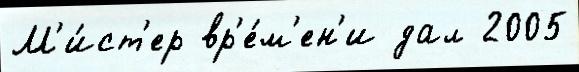
М'и́ст'ер вр'е́м'ен'и дал 2005